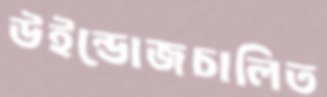
উইন্ডোজচালিত